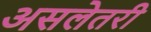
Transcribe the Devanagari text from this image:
असलेतरी